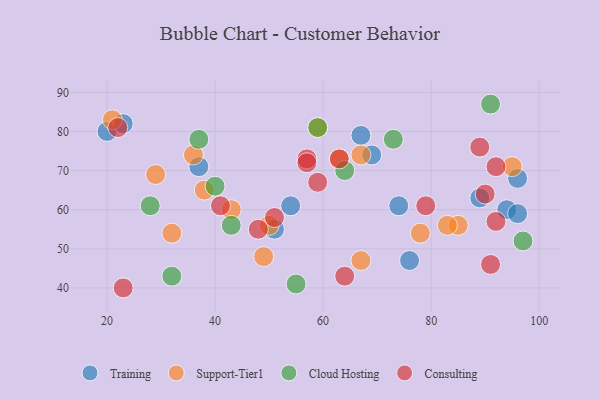
{"axis": {"x": "GDP", "y": "Life Expectancy"}, "legend": ["Cloud Hosting", "Consulting", "Support-Tier1", "Training"], "data": [{"x": "74", "y": 61, "type": "Training"}, {"x": "67", "y": 79, "type": "Training"}, {"x": "94", "y": 60, "type": "Training"}, {"x": "20", "y": 80, "type": "Training"}, {"x": "69", "y": 74, "type": "Training"}, {"x": "23", "y": 82, "type": "Training"}, {"x": "76", "y": 47, "type": "Training"}, {"x": "96", "y": 68, "type": "Training"}, {"x": "54", "y": 61, "type": "Training"}, {"x": "96", "y": 59, "type": "Training"}, {"x": "89", "y": 63, "type": "Training"}, {"x": "37", "y": 71, "type": "Training"}, {"x": "51", "y": 55, "type": "Training"}, {"x": "36", "y": 74, "type": "Support-Tier1"}, {"x": "43", "y": 60, "type": "Support-Tier1"}, {"x": "59", "y": 81, "type": "Support-Tier1"}, {"x": "29", "y": 69, "type": "Support-Tier1"}, {"x": "85", "y": 56, "type": "Support-Tier1"}, {"x": "38", "y": 65, "type": "Support-Tier1"}, {"x": "83", "y": 56, "type": "Support-Tier1"}, {"x": "50", "y": 56, "type": "Support-Tier1"}, {"x": "32", "y": 54, "type": "Support-Tier1"}, {"x": "21", "y": 83, "type": "Support-Tier1"}, {"x": "95", "y": 71, "type": "Support-Tier1"}, {"x": "49", "y": 48, "type": "Support-Tier1"}, {"x": "67", "y": 47, "type": "Support-Tier1"}, {"x": "78", "y": 54, "type": "Support-Tier1"}, {"x": "63", "y": 73, "type": "Support-Tier1"}, {"x": "67", "y": 74, "type": "Support-Tier1"}, {"x": "59", "y": 81, "type": "Cloud Hosting"}, {"x": "40", "y": 66, "type": "Cloud Hosting"}, {"x": "43", "y": 56, "type": "Cloud Hosting"}, {"x": "73", "y": 78, "type": "Cloud Hosting"}, {"x": "64", "y": 70, "type": "Cloud Hosting"}, {"x": "28", "y": 61, "type": "Cloud Hosting"}, {"x": "37", "y": 78, "type": "Cloud Hosting"}, {"x": "55", "y": 41, "type": "Cloud Hosting"}, {"x": "32", "y": 43, "type": "Cloud Hosting"}, {"x": "97", "y": 52, "type": "Cloud Hosting"}, {"x": "91", "y": 87, "type": "Cloud Hosting"}, {"x": "92", "y": 71, "type": "Consulting"}, {"x": "41", "y": 61, "type": "Consulting"}, {"x": "22", "y": 81, "type": "Consulting"}, {"x": "91", "y": 46, "type": "Consulting"}, {"x": "23", "y": 40, "type": "Consulting"}, {"x": "89", "y": 76, "type": "Consulting"}, {"x": "90", "y": 64, "type": "Consulting"}, {"x": "57", "y": 73, "type": "Consulting"}, {"x": "48", "y": 55, "type": "Consulting"}, {"x": "51", "y": 58, "type": "Consulting"}, {"x": "63", "y": 73, "type": "Consulting"}, {"x": "59", "y": 67, "type": "Consulting"}, {"x": "92", "y": 57, "type": "Consulting"}, {"x": "57", "y": 72, "type": "Consulting"}, {"x": "64", "y": 43, "type": "Consulting"}, {"x": "79", "y": 61, "type": "Consulting"}]}